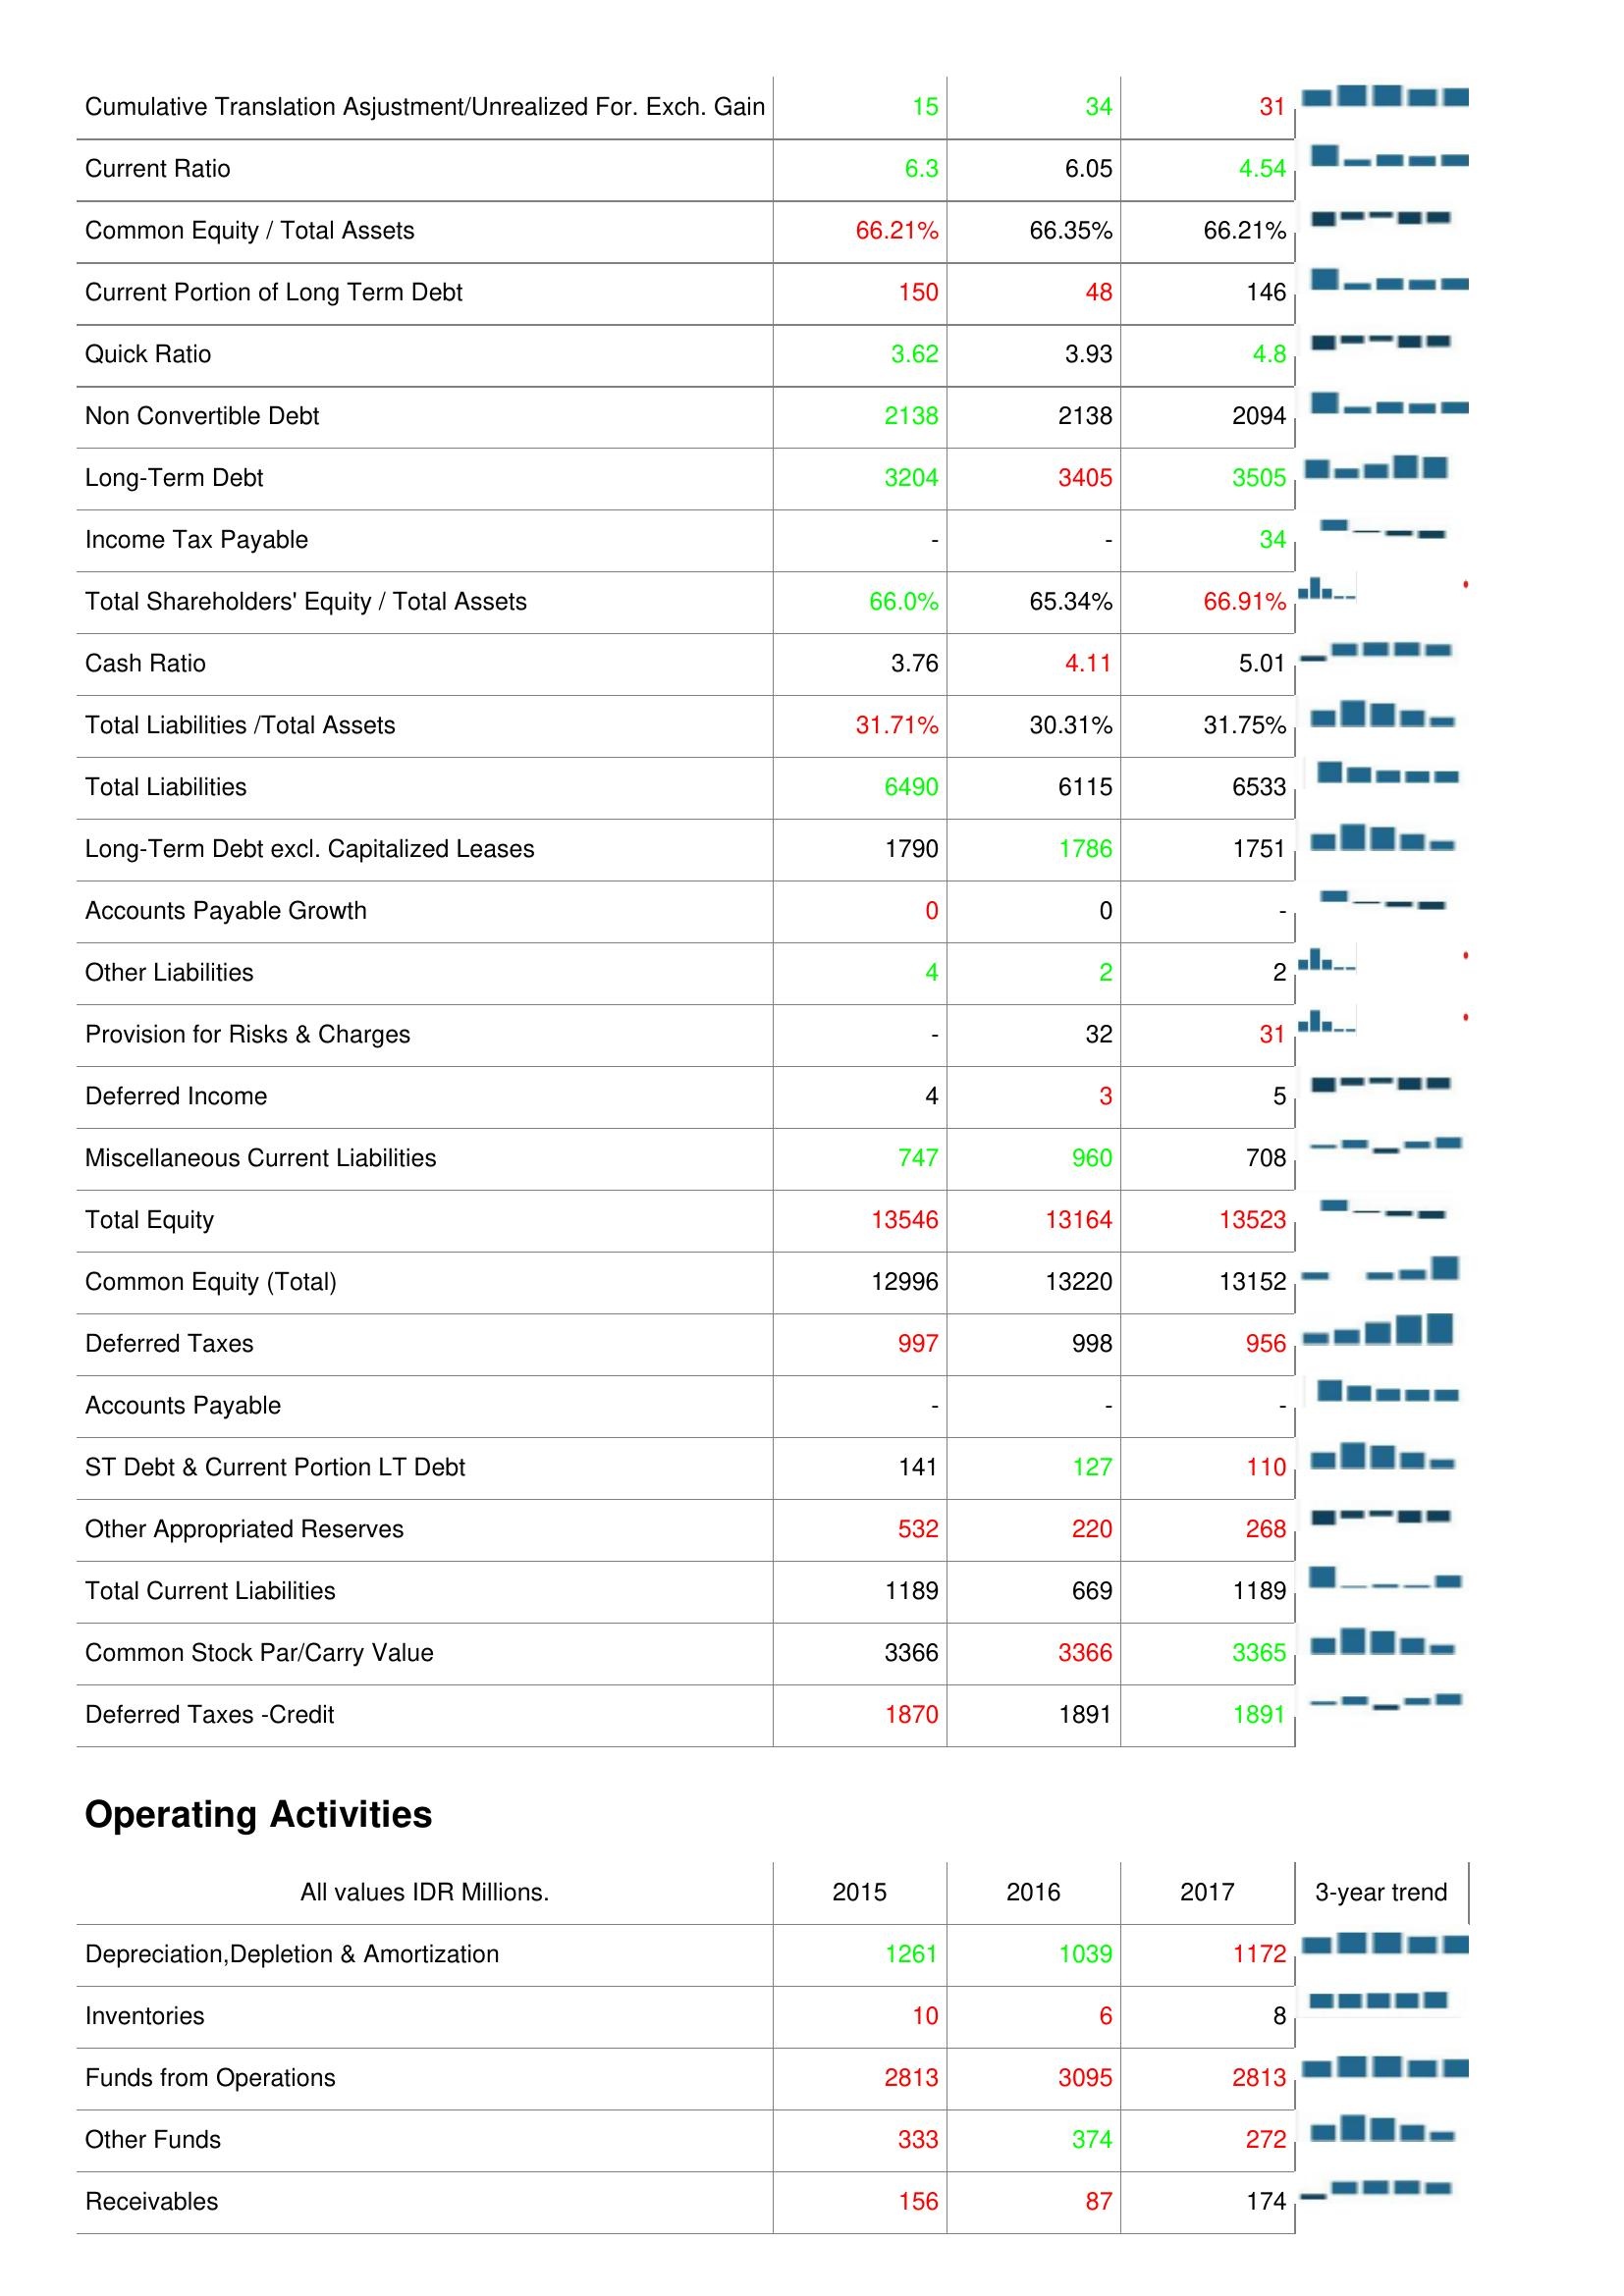
2015: Liabilities & Shareholder's Equity: Cumulative Translation Asjustment/Unrealized For. Exch. Gain: 15
Current Ratio: 6.3
Common Equity / Total Assets: 66.21%
Current Portion of Long Term Debt: 150
Quick Ratio: 3.62
Non Convertible Debt: 2138
Long-Term Debt: 3204
Income Tax Payable: -
Total Shareholders' Equity / Total Assets: 66.0%
Cash Ratio: 3.76
Total Liabilities /Total Assets: 31.71%
Total Liabilities: 6490
Long-Term Debt excl. Capitalized Leases: 1790
Accounts Payable Growth: 0
Other Liabilities: 4
Provision for Risks & Charges: -
Deferred Income: 4
Miscellaneous Current Liabilities: 747
Total Equity: 13546
Common Equity (Total): 12996
Deferred Taxes: 997
Accounts Payable: -
ST Debt & Current Portion LT Debt: 141
Other Appropriated Reserves: 532
Total Current Liabilities: 1189
Common Stock Par/Carry Value: 3366
Deferred Taxes -Credit: 1870
Operating Activities: Depreciation,Depletion & Amortization: 1261
Inventories: 10
Funds from Operations: 2813
Other Funds: 333
Receivables: 156
2016: Liabilities & Shareholder's Equity: Cumulative Translation Asjustment/Unrealized For. Exch. Gain: 34
Current Ratio: 6.05
Common Equity / Total Assets: 66.35%
Current Portion of Long Term Debt: 48
Quick Ratio: 3.93
Non Convertible Debt: 2138
Long-Term Debt: 3405
Income Tax Payable: -
Total Shareholders' Equity / Total Assets: 65.34%
Cash Ratio: 4.11
Total Liabilities /Total Assets: 30.31%
Total Liabilities: 6115
Long-Term Debt excl. Capitalized Leases: 1786
Accounts Payable Growth: 0
Other Liabilities: 2
Provision for Risks & Charges: 32
Deferred Income: 3
Miscellaneous Current Liabilities: 960
Total Equity: 13164
Common Equity (Total): 13220
Deferred Taxes: 998
Accounts Payable: -
ST Debt & Current Portion LT Debt: 127
Other Appropriated Reserves: 220
Total Current Liabilities: 669
Common Stock Par/Carry Value: 3366
Deferred Taxes -Credit: 1891
Operating Activities: Depreciation,Depletion & Amortization: 1039
Inventories: 6
Funds from Operations: 3095
Other Funds: 374
Receivables: 87
2017: Liabilities & Shareholder's Equity: Cumulative Translation Asjustment/Unrealized For. Exch. Gain: 31
Current Ratio: 4.54
Common Equity / Total Assets: 66.21%
Current Portion of Long Term Debt: 146
Quick Ratio: 4.8
Non Convertible Debt: 2094
Long-Term Debt: 3505
Income Tax Payable: 34
Total Shareholders' Equity / Total Assets: 66.91%
Cash Ratio: 5.01
Total Liabilities /Total Assets: 31.75%
Total Liabilities: 6533
Long-Term Debt excl. Capitalized Leases: 1751
Accounts Payable Growth: -
Other Liabilities: 2
Provision for Risks & Charges: 31
Deferred Income: 5
Miscellaneous Current Liabilities: 708
Total Equity: 13523
Common Equity (Total): 13152
Deferred Taxes: 956
Accounts Payable: -
ST Debt & Current Portion LT Debt: 110
Other Appropriated Reserves: 268
Total Current Liabilities: 1189
Common Stock Par/Carry Value: 3365
Deferred Taxes -Credit: 1891
Operating Activities: Depreciation,Depletion & Amortization: 1172
Inventories: 8
Funds from Operations: 2813
Other Funds: 272
Receivables: 174